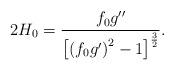
LaTeX: \begin{align*}2H_{0}=\frac{f_{0}g^{\prime \prime }}{\left[ \left( f_{0}g^{\prime }\right)^{2}-1\right] ^{\frac{3}{2}}}. \end{align*}